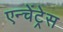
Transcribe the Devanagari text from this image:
एन्चेंट्रेस